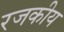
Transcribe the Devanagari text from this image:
रजकीय